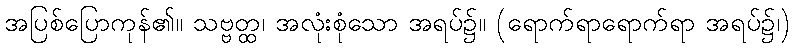
အပြစ်ပြောကုန်၏။ သဗ္ဗတ္ထ၊ အလုံးစုံသော အရပ်၌။ (ရောက်ရာရောက်ရာ အရပ်၌၊)